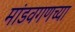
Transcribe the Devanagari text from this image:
मांडवगणच्या